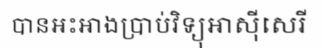
បានអះអាងប្រាប់វិទ្យុអាស៊ីសេរី